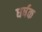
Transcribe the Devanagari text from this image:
धर्षक